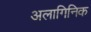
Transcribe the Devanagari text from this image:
अलागिनिक